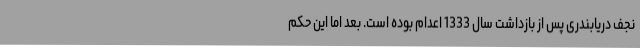
نجف دریابندری پس از بازداشت سال 1333 اعدام بوده است. بعد اما این حکم